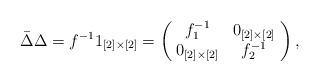
LaTeX: \begin{align*}\bar{\Delta}\Delta = f^{-1}1_{[2]\times[2]} = \left( \! \begin{array}{cc} f_{1}^{-1} & 0_{[2]\times[2]} \\ 0_{[2]\times[2]} & f_{2}^{-1} \end{array} \! \right),\end{align*}